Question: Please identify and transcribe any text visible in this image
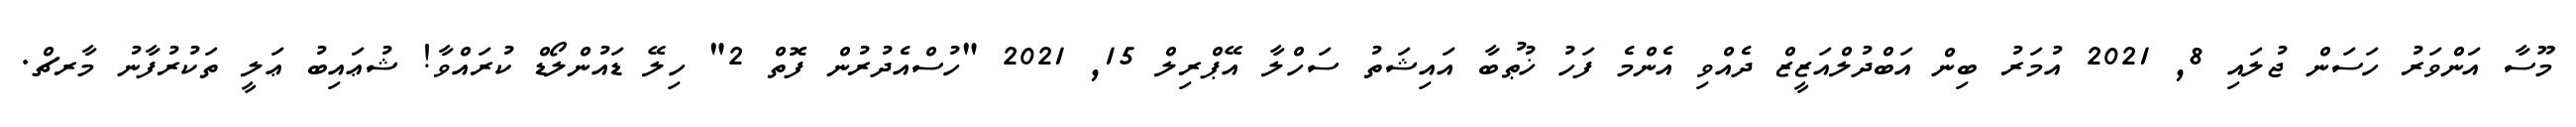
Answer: މޫސާ އަންވަރު ހަސަން ޖުލައި 8, 2021 އުމަރު ބިން އަބްދުލްއަޒީޒް ދެއްވި އެންމެ ފަހު ޚުޠުބާ އައިޝަތު ސަހްލާ އޭޕްރިލް 15, 2021 "ހުސްއެދުރުން ފޮތް 2" ހިލޭ ޑައުންލޯޑް ކުރައްވާ! ޝުޢައިބު ޢަލީ ތަކުރުފާނު މާރޗް.